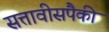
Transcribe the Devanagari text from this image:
सत्तावीसपैकी